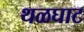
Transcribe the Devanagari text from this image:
थळघाट